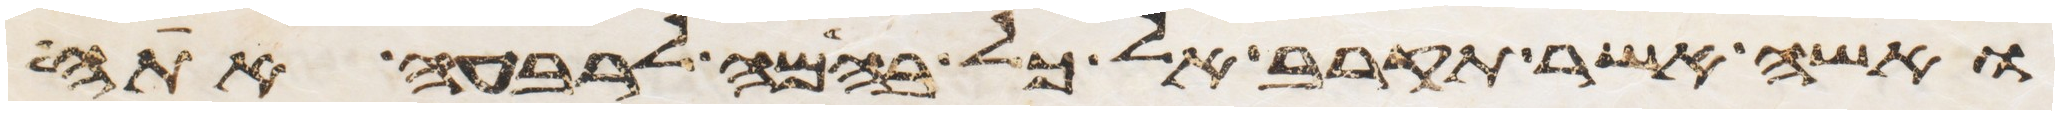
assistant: ואשה אשר תקרב אל כל בהמה לרבעה אתה